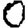
Digit: 0